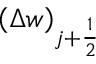
\left( \Delta w \right) _ { j + \frac { 1 } { 2 } }